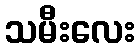
သမီးလေး